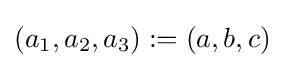
\left(a_{1},a_{2},a_{3}\right):=(a,b,c)